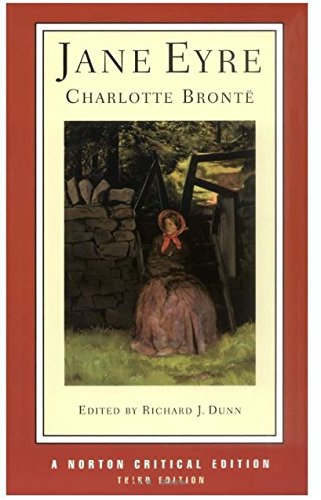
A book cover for Jane Eyre (Norton Critical Editions); Charlotte BrontÃ«; Romance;